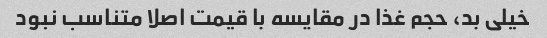
خیلی بد، حجم غذا در مقایسه با قیمت اصلا متناسب نبود